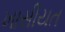
ખાસીયત